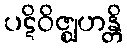
ပဋိဝိဇ္ဈဟန္တိ